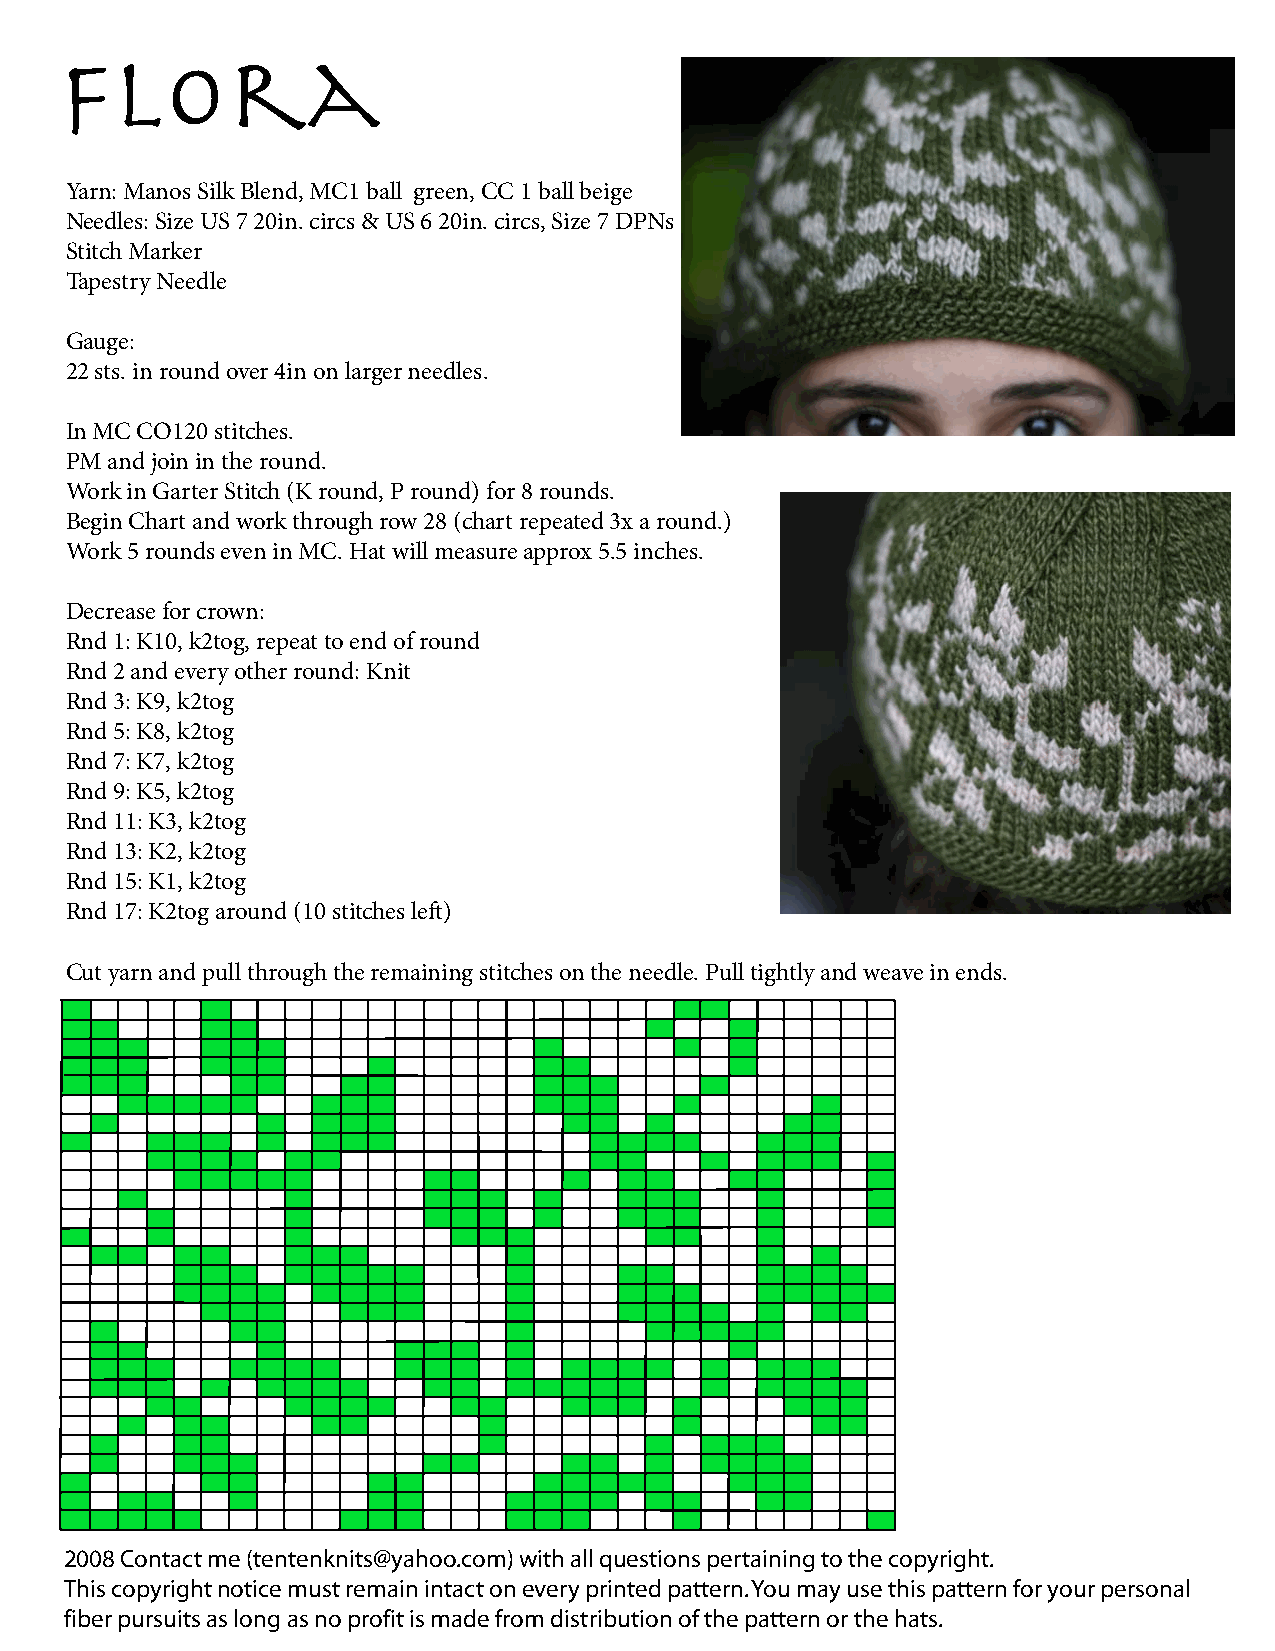
Flora
 Yarn: Manos Silk Blend, MC1 ball green, CC 1 ball beige
 Needles: Size US 7 20in. circs & US 6 20in. circs, Size 7 DPNs
 Stitch Marker
 Tapestry Needle
 Gauge:
 22 sts. in round over 4in on larger needles.
 In MC CO120 stitches.
 PM and join in the round.
 Work in Garter Stitch (K round, P round) for 8 rounds.
 Begin Chart and work through row 28 (chart repeated 3x a round.)
 Work 5 rounds even in MC. Hat will measure approx 5.5 inches.
 Decrease for crown:
 Rnd 1: K10, k2tog, repeat to end of round
 Rnd 2 and every other round: Knit
 Rnd 3: K9, k2tog
 Rnd 5: K8, k2tog
 Rnd 7: K7, k2tog
 Rnd 9: K5, k2tog
 Rnd 11: K3, k2tog
 Rnd 13: K2, k2tog
 Rnd 15: K1, k2tog
 Rnd 17: K2tog around (10 stitches left)
 Cut yarn and pull through the remaining stitches on the needle. Pull tightly and weave in ends.
 2008 Contact me (tentenknits@yahoo.com) with all questions pertaining to the copyright.
 This copyright notice must remain intact on every printed pattern. You may use this pattern for your personal
 fiber pursuits as long as no profit is made from distribution of the pattern or the hats.